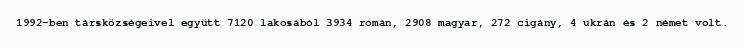
1992-ben társközségeivel együtt 7120 lakosából 3934 román, 2908 magyar, 272 cigány, 4 ukrán és 2 német volt.